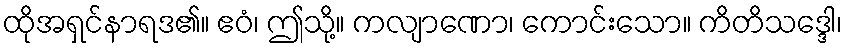
ထိုအရှင်နာရဒ၏။ ဧဝံ၊ ဤသို့။ ကလျာဏော၊ ကောင်းသော။ ကိတိသဒ္ဒေါ၊